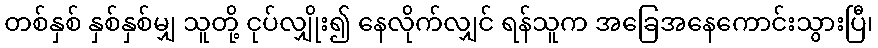
တစ်နှစ် နှစ်နှစ်မျှ သူတို့ ငုပ်လျှိုး၍ နေလိုက်လျှင် ရန်သူက အခြေအနေကောင်းသွားပြီ၊